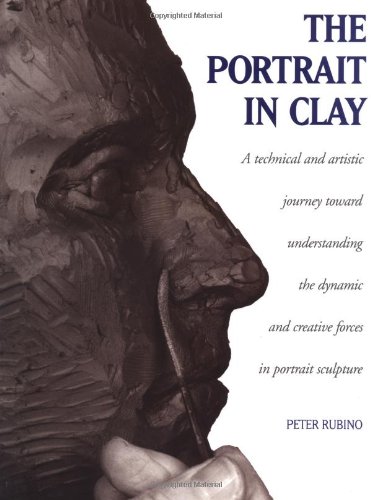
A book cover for The Portrait in Clay; Peter Rubino; Arts & Photography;